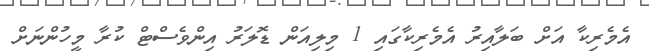
އެމެރިކާ އަށް ބަލާއިރު އެމެރިކާގައި 1 މިލިއަން ޑޮލަރު އިންވެސްޓް ކުރާ މީހުންނަށް